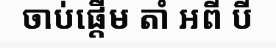
ចាប់ផ្តើម តាំ អពី បី